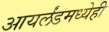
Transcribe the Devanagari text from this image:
आयर्लंडमध्येही